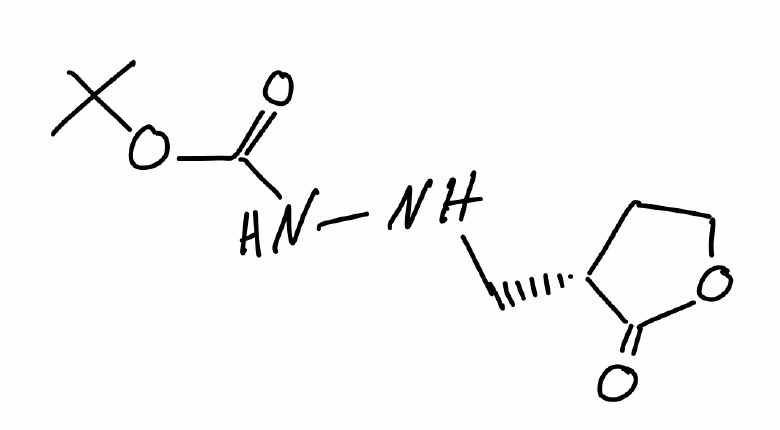
Simplified molecular-input line-entry system (SMILES) notation of the given molecule:
CC(C)(C)OC(=O)NNC[C@@H]1CCOC1=O